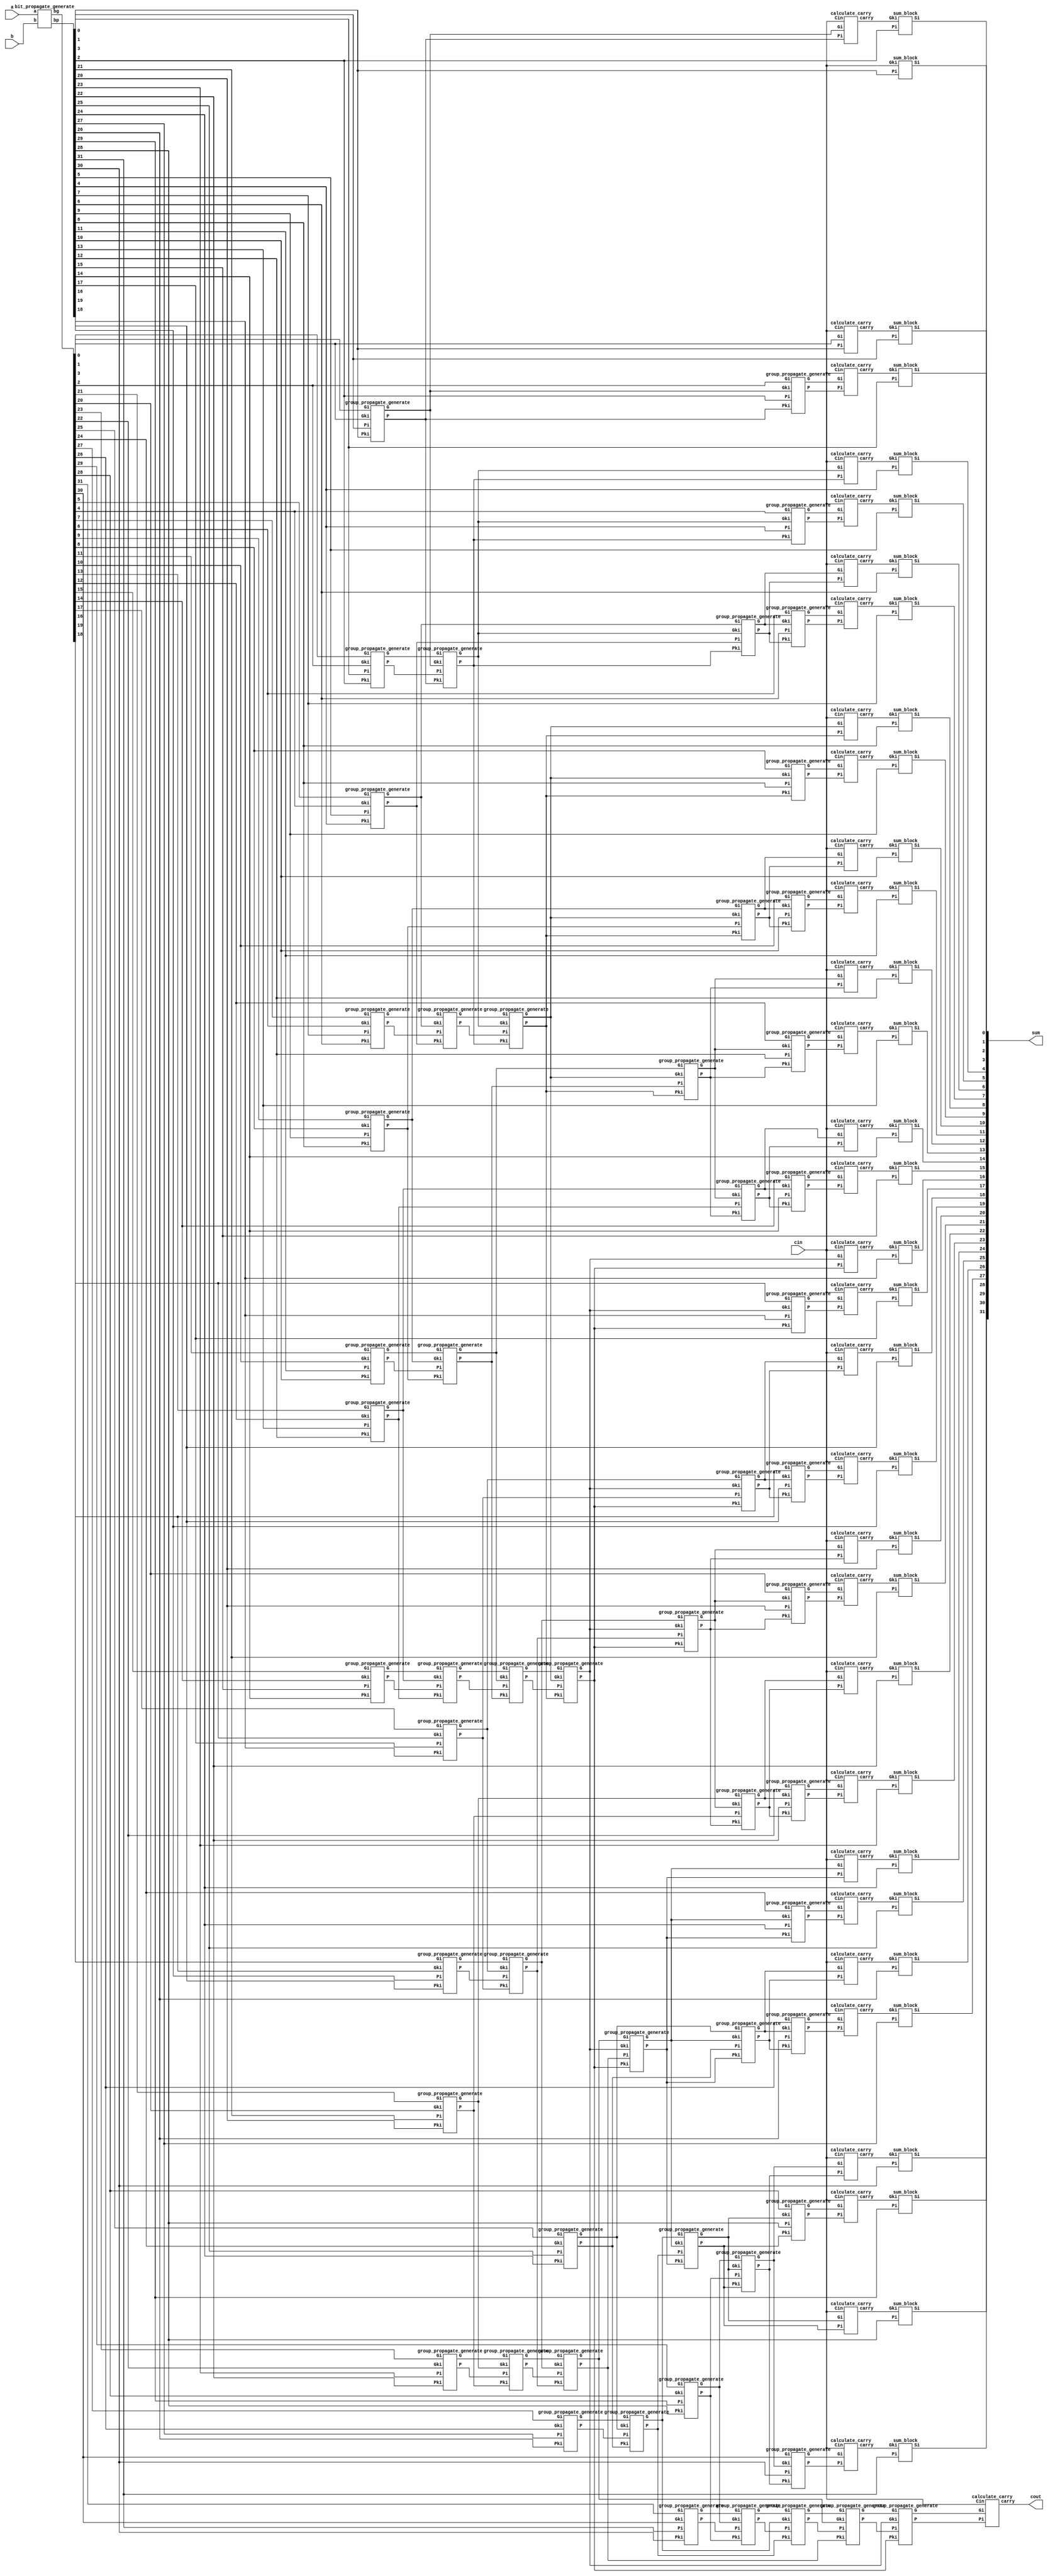
`timescale 1ps / 1fs
//////////////////////////////////////////////////////////////////////////////////
// Company: 
// Engineer: 
// 
// Design Name: 
// Module Name:    brent32 
// Project Name: 
// Target Devices: 
// Tool versions: 
// Description: 
//
// Dependencies: 
//
// Revision: 
// Revision 0.01 - File Created
// Additional Comments: 
//
//////////////////////////////////////////////////////////////////////////////////
module brent32(a, b, cin, sum, cout);
input [31:0]a;
input [31:0]b;
input cin;
output [31:0]sum;
output cout;

wire [31:0] bg, bp;	// first level propagate generate 0:0
wire [15:0] st0p, st0g;	// stage 0	
wire [7:0] st1p, st1g;	// stage 1	
wire [3:0] st2p, st2g;	// stage 2	
wire [1:0] st3p, st3g;	// stage 3	
wire st4p, st4g;	// stage 4
wire st5p, st5g;	// stage 5
wire [2:0] st6p, st6g;	// stage 6
wire [6:0] st7p, st7g;	// stage 7
wire [14:0] st8p, st8g;	// stage 8

wire [31:0] carry;

bit_propagate_generate bpg_1(.a(a),.b(b),.bp(bp),.bg(bg));

group_propagate_generate gpgs0_0(.Pi(bp[1]), .Gi(bg[1]), .Pki(bp[0]), .Gki(bg[0]), .P(st0p[0]), .G(st0g[0])); // generate -> P1:0 and G1:0
group_propagate_generate gpgs0_1(.Pi(bp[3]), .Gi(bg[3]), .Pki(bp[2]), .Gki(bg[2]), .P(st0p[1]), .G(st0g[1])); // generate -> P3:2 and G3:2
group_propagate_generate gpgs0_2(.Pi(bp[5]), .Gi(bg[5]), .Pki(bp[4]), .Gki(bg[4]), .P(st0p[2]), .G(st0g[2])); // generate -> P5:4 and G5:4
group_propagate_generate gpgs0_3(.Pi(bp[7]), .Gi(bg[7]), .Pki(bp[6]), .Gki(bg[6]), .P(st0p[3]), .G(st0g[3])); // generate -> P7:6 and G7:6
group_propagate_generate gpgs0_4(.Pi(bp[9]), .Gi(bg[9]), .Pki(bp[8]), .Gki(bg[8]), .P(st0p[4]), .G(st0g[4])); // generate -> P9:8 and G9:8
group_propagate_generate gpgs0_5(.Pi(bp[11]), .Gi(bg[11]), .Pki(bp[10]), .Gki(bg[10]), .P(st0p[5]), .G(st0g[5])); // generate -> P11:10 and G11:10
group_propagate_generate gpgs0_6(.Pi(bp[13]), .Gi(bg[13]), .Pki(bp[12]), .Gki(bg[12]), .P(st0p[6]), .G(st0g[6])); // generate -> P13:12 and G13:12
group_propagate_generate gpgs0_7(.Pi(bp[15]), .Gi(bg[15]), .Pki(bp[14]), .Gki(bg[14]), .P(st0p[7]), .G(st0g[7])); // generate -> P15:14 and G15:14
group_propagate_generate gpgs0_8(.Pi(bp[17]), .Gi(bg[17]), .Pki(bp[16]), .Gki(bg[16]), .P(st0p[8]), .G(st0g[8])); // generate -> P17:16 and G17:16
group_propagate_generate gpgs0_9(.Pi(bp[19]), .Gi(bg[19]), .Pki(bp[18]), .Gki(bg[18]), .P(st0p[9]), .G(st0g[9])); // generate -> P19:18 and G19:18
group_propagate_generate gpgs0_10(.Pi(bp[21]), .Gi(bg[21]), .Pki(bp[20]), .Gki(bg[20]), .P(st0p[10]), .G(st0g[10])); // generate -> P21:20 and G21:20
group_propagate_generate gpgs0_11(.Pi(bp[23]), .Gi(bg[23]), .Pki(bp[22]), .Gki(bg[22]), .P(st0p[11]), .G(st0g[11])); // generate -> P23:22 and G23:22
group_propagate_generate gpgs0_12(.Pi(bp[25]), .Gi(bg[25]), .Pki(bp[24]), .Gki(bg[24]), .P(st0p[12]), .G(st0g[12])); // generate -> P25:24 and G25:24
group_propagate_generate gpgs0_13(.Pi(bp[27]), .Gi(bg[27]), .Pki(bp[26]), .Gki(bg[26]), .P(st0p[13]), .G(st0g[13])); // generate -> P27:26 and G27:26
group_propagate_generate gpgs0_14(.Pi(bp[29]), .Gi(bg[29]), .Pki(bp[28]), .Gki(bg[28]), .P(st0p[14]), .G(st0g[14])); // generate -> P29:28 and G29:28
group_propagate_generate gpgs0_15(.Pi(bp[31]), .Gi(bg[31]), .Pki(bp[30]), .Gki(bg[30]), .P(st0p[15]), .G(st0g[15])); // generate -> P31:30 and G31:30

group_propagate_generate gpgs1_0(.Pi(st0p[1]), .Gi(st0g[1]), .Pki(st0p[0]), .Gki(st0g[0]), .P(st1p[0]), .G(st1g[0])); // generate -> P3:0 and G3:0
group_propagate_generate gpgs1_1(.Pi(st0p[3]), .Gi(st0g[3]), .Pki(st0p[2]), .Gki(st0g[2]), .P(st1p[1]), .G(st1g[1])); // generate -> P7:4 and G7:4
group_propagate_generate gpgs1_2(.Pi(st0p[5]), .Gi(st0g[5]), .Pki(st0p[4]), .Gki(st0g[4]), .P(st1p[2]), .G(st1g[2])); // generate -> P11:8 and G11:8 
group_propagate_generate gpgs1_3(.Pi(st0p[7]), .Gi(st0g[7]), .Pki(st0p[6]), .Gki(st0g[6]), .P(st1p[3]), .G(st1g[3])); // generate -> P15:12 and G15:12
group_propagate_generate gpgs1_4(.Pi(st0p[9]), .Gi(st0g[9]), .Pki(st0p[8]), .Gki(st0g[8]), .P(st1p[4]), .G(st1g[4])); // generate -> P19:16 and G19:16
group_propagate_generate gpgs1_5(.Pi(st0p[11]), .Gi(st0g[11]), .Pki(st0p[10]), .Gki(st0g[10]), .P(st1p[5]), .G(st1g[5])); // generate -> P23:20 and G23:20
group_propagate_generate gpgs1_6(.Pi(st0p[13]), .Gi(st0g[13]), .Pki(st0p[12]), .Gki(st0g[12]), .P(st1p[6]), .G(st1g[6])); // generate -> P27:24 and G27:24
group_propagate_generate gpgs1_7(.Pi(st0p[15]), .Gi(st0g[15]), .Pki(st0p[14]), .Gki(st0g[14]), .P(st1p[7]), .G(st1g[7])); // generate -> P31:28 and G31:28

group_propagate_generate gpgs2_0(.Pi(st1p[1]), .Gi(st1g[1]), .Pki(st1p[0]), .Gki(st1g[0]), .P(st2p[0]), .G(st2g[0])); // generate -> P7:0 and G7:0
group_propagate_generate gpgs2_1(.Pi(st1p[3]), .Gi(st1g[3]), .Pki(st1p[2]), .Gki(st1g[2]), .P(st2p[1]), .G(st2g[1])); // generate -> P15:8 and G15:8 
group_propagate_generate gpgs2_2(.Pi(st1p[5]), .Gi(st1g[5]), .Pki(st1p[4]), .Gki(st1g[4]), .P(st2p[2]), .G(st2g[2])); // generate -> P23:16 and G23:16
group_propagate_generate gpgs2_3(.Pi(st1p[7]), .Gi(st1g[7]), .Pki(st1p[6]), .Gki(st1g[6]), .P(st2p[3]), .G(st2g[3])); // generate -> P31:24 and G31:24

group_propagate_generate gpgs3_0(.Pi(st2p[1]), .Gi(st2g[1]), .Pki(st2p[0]), .Gki(st2g[0]), .P(st3p[0]), .G(st3g[0])); // generate -> P15:0 and G15:0
group_propagate_generate gpgs3_1(.Pi(st2p[3]), .Gi(st2g[3]), .Pki(st2p[2]), .Gki(st2g[2]), .P(st3p[1]), .G(st3g[1])); // generate -> P31:16 and G31:16

group_propagate_generate gpgs4_0(.Pi(st3p[1]), .Gi(st3g[1]), .Pki(st3p[0]), .Gki(st3g[0]), .P(st4p), .G(st4g)); // generate -> P31:0 and G31:0

group_propagate_generate gpgs5_0(.Pi(st2p[2]), .Gi(st2g[2]), .Pki(st3p[0]), .Gki(st3g[0]), .P(st5p), .G(st5g)); // generate -> P23:0 and G23:0

group_propagate_generate gpgs6_0(.Pi(st1p[2]), .Gi(st1g[2]), .Pki(st2p[0]), .Gki(st2g[0]), .P(st6p[0]), .G(st6g[0])); // generate -> P11:0 and G11:0
group_propagate_generate gpgs6_1(.Pi(st1p[4]), .Gi(st1g[4]), .Pki(st3p[0]), .Gki(st3g[0]), .P(st6p[1]), .G(st6g[1])); // generate -> P19:0 and G19:0
group_propagate_generate gpgs6_2(.Pi(st1p[6]), .Gi(st1g[6]), .Pki(st5p), .Gki(st5g), .P(st6p[2]), .G(st6g[2])); // generate -> P27:0 and G27:0

group_propagate_generate gpgs7_0(.Pi(st0p[2]), .Gi(st0g[2]), .Pki(st1p[0]), .Gki(st1g[0]), .P(st7p[0]), .G(st7g[0])); // generate -> P5:0 and G5:0
group_propagate_generate gpgs7_1(.Pi(st0p[4]), .Gi(st0g[4]), .Pki(st2p[0]), .Gki(st2g[0]), .P(st7p[1]), .G(st7g[1])); // generate -> P9:0 and G9:0
group_propagate_generate gpgs7_2(.Pi(st0p[6]), .Gi(st0g[6]), .Pki(st6p[0]), .Gki(st6g[0]), .P(st7p[2]), .G(st7g[2])); // generate -> P13:0 and G13:0
group_propagate_generate gpgs7_3(.Pi(st0p[8]), .Gi(st0g[8]), .Pki(st3p[0]), .Gki(st3g[0]), .P(st7p[3]), .G(st7g[3])); // generate -> P17:0 and G17:0
group_propagate_generate gpgs7_4(.Pi(st0p[10]), .Gi(st0g[10]), .Pki(st6p[1]), .Gki(st6g[1]), .P(st7p[4]), .G(st7g[4])); // generate -> P21:0 and G21:0
group_propagate_generate gpgs7_5(.Pi(st0p[12]), .Gi(st0g[12]), .Pki(st5p), .Gki(st5g), .P(st7p[5]), .G(st7g[5])); // generate -> P25:0 and G25:0
group_propagate_generate gpgs7_6(.Pi(st0p[14]), .Gi(st0g[14]), .Pki(st6p[2]), .Gki(st6g[2]), .P(st7p[6]), .G(st7g[6])); // generate -> P29:0 and G29:0


group_propagate_generate gpgs8_0(.Pi(bp[2]), .Gi(bg[2]), .Pki(st0p[0]), .Gki(st0g[0]), .P(st8p[0]), .G(st8g[0])); // generate -> P2:0 and G2:0
group_propagate_generate gpgs8_1(.Pi(bp[4]), .Gi(bg[4]), .Pki(st1p[0]), .Gki(st1g[0]), .P(st8p[1]), .G(st8g[1])); // generate -> P4:0 and G4:0
group_propagate_generate gpgs8_2(.Pi(bp[6]), .Gi(bg[6]), .Pki(st7p[0]), .Gki(st7g[0]), .P(st8p[2]), .G(st8g[2])); // generate -> P6:0 and G6:0
group_propagate_generate gpgs8_3(.Pi(bp[8]), .Gi(bg[8]), .Pki(st2p[0]), .Gki(st2g[0]), .P(st8p[3]), .G(st8g[3])); // generate -> P8:0 and G8:0
group_propagate_generate gpgs8_4(.Pi(bp[10]), .Gi(bg[10]), .Pki(st7p[1]), .Gki(st7g[1]), .P(st8p[4]), .G(st8g[4])); // generate -> P10:0 and G10:0
group_propagate_generate gpgs8_5(.Pi(bp[12]), .Gi(bg[12]), .Pki(st6p[0]), .Gki(st6g[0]), .P(st8p[5]), .G(st8g[5])); // generate -> P12:0 and G12:0
group_propagate_generate gpgs8_6(.Pi(bp[14]), .Gi(bg[14]), .Pki(st7p[2]), .Gki(st7g[2]), .P(st8p[6]), .G(st8g[6])); // generate -> P14:0 and G14:0
group_propagate_generate gpgs8_7(.Pi(bp[16]), .Gi(bg[16]), .Pki(st3p[0]), .Gki(st3g[0]), .P(st8p[7]), .G(st8g[7])); // generate -> P16:0 and G16:0
group_propagate_generate gpgs8_8(.Pi(bp[18]), .Gi(bg[18]), .Pki(st7p[3]), .Gki(st7g[3]), .P(st8p[8]), .G(st8g[8])); // generate -> P18:0 and G18:0
group_propagate_generate gpgs8_9(.Pi(bp[20]), .Gi(bg[20]), .Pki(st6p[1]), .Gki(st6g[1]), .P(st8p[9]), .G(st8g[9])); // generate -> P20:0 and G20:0
group_propagate_generate gpgs8_10(.Pi(bp[22]), .Gi(bg[22]), .Pki(st7p[4]), .Gki(st7g[4]), .P(st8p[10]), .G(st8g[10])); // generate -> P22:0 and G22:0
group_propagate_generate gpgs8_11(.Pi(bp[24]), .Gi(bg[24]), .Pki(st5p), .Gki(st5g), .P(st8p[11]), .G(st8g[11])); // generate -> P24:0 and G24:0
group_propagate_generate gpgs8_12(.Pi(bp[26]), .Gi(bg[26]), .Pki(st7p[5]), .Gki(st7g[5]), .P(st8p[12]), .G(st8g[12])); // generate -> P26:0 and G26:0
group_propagate_generate gpgs8_13(.Pi(bp[28]), .Gi(bg[28]), .Pki(st6p[2]), .Gki(st6g[2]), .P(st8p[13]), .G(st8g[13])); // generate -> P28:0 and G28:0
group_propagate_generate gpgs8_14(.Pi(bp[30]), .Gi(bg[30]), .Pki(st7p[6]), .Gki(st7g[6]), .P(st8p[14]), .G(st8g[14])); // generate -> P30:0 and G30:0

calculate_carry cc_0(.Pi(bp[0]), .Gi(bg[0]), .Cin(cin), .carry(carry[0]));	// C0 = G0:0 + P0:0 . cin
calculate_carry cc_1(.Pi(st0p[0]), .Gi(st0g[0]), .Cin(cin), .carry(carry[1]));	// C1 = G1:0 + P1:0 . cin
calculate_carry cc_2(.Pi(st8p[0]), .Gi(st8g[0]), .Cin(cin), .carry(carry[2]));	// C2 = G2:0 + P2:0 . cin
calculate_carry cc_3(.Pi(st1p[0]), .Gi(st1g[0]), .Cin(cin), .carry(carry[3]));	// C3 = G3:0 + P3:0 . cin
calculate_carry cc_4(.Pi(st8p[1]), .Gi(st8g[1]), .Cin(cin), .carry(carry[4]));	// C4 = G4:0 + P4:0 . cin
calculate_carry cc_5(.Pi(st7p[0]), .Gi(st7g[0]), .Cin(cin), .carry(carry[5]));	// C5 = G5:0 + P5:0 . cin
calculate_carry cc_6(.Pi(st8p[2]), .Gi(st8g[2]), .Cin(cin), .carry(carry[6]));	// C6 = G6:0 + P6:0 . cin
calculate_carry cc_7(.Pi(st2p[0]), .Gi(st2g[0]), .Cin(cin), .carry(carry[7]));	// C7 = G7:0 + P7:0 . cin
calculate_carry cc_8(.Pi(st8p[3]), .Gi(st8g[3]), .Cin(cin), .carry(carry[8]));	// C8 = G8:0 + P8:0 . cin
calculate_carry cc_9(.Pi(st7p[1]), .Gi(st7g[1]), .Cin(cin), .carry(carry[9]));	// C9 = G9:0 + P9:0 . cin
calculate_carry cc_10(.Pi(st8p[4]), .Gi(st8g[4]), .Cin(cin), .carry(carry[10]));	// C10 = G10:0 + P10:0 . cin
calculate_carry cc_11(.Pi(st6p[0]), .Gi(st6g[0]), .Cin(cin), .carry(carry[11]));	// C11 = G11:0 + P11:0 . cin
calculate_carry cc_12(.Pi(st8p[5]), .Gi(st8g[5]), .Cin(cin), .carry(carry[12]));	// C12 = G12:0 + P12:0 . cin
calculate_carry cc_13(.Pi(st7p[2]), .Gi(st7g[2]), .Cin(cin), .carry(carry[13]));	// C13 = G13:0 + P13:0 . cin
calculate_carry cc_14(.Pi(st8p[6]), .Gi(st8g[6]), .Cin(cin), .carry(carry[14]));	// C14 = G14:0 + P14:0 . cin
calculate_carry cc_15(.Pi(st3p[0]), .Gi(st3g[0]), .Cin(cin), .carry(carry[15]));	// C15 = G15:0 + P15:0 . cin
calculate_carry cc_16(.Pi(st8p[7]), .Gi(st8g[7]), .Cin(cin), .carry(carry[16]));	// C16 = G16:0 + P16:0 . cin
calculate_carry cc_17(.Pi(st7p[3]), .Gi(st7g[3]), .Cin(cin), .carry(carry[17]));	// C17 = G17:0 + P17:0 . cin
calculate_carry cc_18(.Pi(st8p[8]), .Gi(st8g[8]), .Cin(cin), .carry(carry[18]));	// C18 = G18:0 + P18:0 . cin
calculate_carry cc_19(.Pi(st6p[1]), .Gi(st6g[1]), .Cin(cin), .carry(carry[19]));	// C19 = G19:0 + P19:0 . cin
calculate_carry cc_20(.Pi(st8p[9]), .Gi(st8g[9]), .Cin(cin), .carry(carry[20]));	// C20 = G20:0 + P20:0 . cin
calculate_carry cc_21(.Pi(st7p[4]), .Gi(st7g[4]), .Cin(cin), .carry(carry[21]));	// C21 = G21:0 + P21:0 . cin
calculate_carry cc_22(.Pi(st8p[10]), .Gi(st8g[10]), .Cin(cin), .carry(carry[22]));	// C22 = G22:0 + P22:0 . cin
calculate_carry cc_23(.Pi(st5p), .Gi(st5g), .Cin(cin), .carry(carry[23]));			// C23 = G23:0 + P23:0 . cin
calculate_carry cc_24(.Pi(st8p[11]), .Gi(st8g[11]), .Cin(cin), .carry(carry[24]));	// C24 = G24:0 + P24:0 . cin
calculate_carry cc_25(.Pi(st7p[5]), .Gi(st7g[5]), .Cin(cin), .carry(carry[25]));	// C25 = G25:0 + P25:0 . cin
calculate_carry cc_26(.Pi(st8p[12]), .Gi(st8g[12]), .Cin(cin), .carry(carry[26]));	// C26 = G26:0 + P26:0 . cin
calculate_carry cc_27(.Pi(st6p[2]), .Gi(st6g[2]), .Cin(cin), .carry(carry[27]));	// C27 = G27:0 + P27:0 . cin
calculate_carry cc_28(.Pi(st8p[13]), .Gi(st8g[13]), .Cin(cin), .carry(carry[28]));	// C28 = G28:0 + P28:0 . cin
calculate_carry cc_29(.Pi(st7p[6]), .Gi(st7g[6]), .Cin(cin), .carry(carry[29]));	// C29 = G29:0 + P29:0 . cin
calculate_carry cc_30(.Pi(st8p[14]), .Gi(st8g[14]), .Cin(cin), .carry(carry[30]));	// C30 = G30:0 + P30:0 . cin
calculate_carry cc_31(.Pi(st4p), .Gi(st4g), .Cin(cin), .carry(carry[31]));			// C31 = G31:0 + P31:0 . cin


assign cout = carry[31];

sum_block sb_0(.Pi(bp[0]), .Gki(cin), .Si(sum[0]));	// S0 = P0 . cin
sum_block sb_1(.Pi(bp[1]), .Gki(carry[0]), .Si(sum[1]));	// S1 = P1 . C0
sum_block sb_2(.Pi(bp[2]), .Gki(carry[1]), .Si(sum[2]));
sum_block sb_3(.Pi(bp[3]), .Gki(carry[2]), .Si(sum[3]));
sum_block sb_4(.Pi(bp[4]), .Gki(carry[3]), .Si(sum[4]));
sum_block sb_5(.Pi(bp[5]), .Gki(carry[4]), .Si(sum[5]));
sum_block sb_6(.Pi(bp[6]), .Gki(carry[5]), .Si(sum[6]));
sum_block sb_7(.Pi(bp[7]), .Gki(carry[6]), .Si(sum[7]));
sum_block sb_8(.Pi(bp[8]), .Gki(carry[7]), .Si(sum[8]));
sum_block sb_9(.Pi(bp[9]), .Gki(carry[8]), .Si(sum[9]));
sum_block sb_10(.Pi(bp[10]), .Gki(carry[9]), .Si(sum[10]));
sum_block sb_11(.Pi(bp[11]), .Gki(carry[10]), .Si(sum[11]));
sum_block sb_12(.Pi(bp[12]), .Gki(carry[11]), .Si(sum[12]));
sum_block sb_13(.Pi(bp[13]), .Gki(carry[12]), .Si(sum[13]));
sum_block sb_14(.Pi(bp[14]), .Gki(carry[13]), .Si(sum[14]));
sum_block sb_15(.Pi(bp[15]), .Gki(carry[14]), .Si(sum[15]));
sum_block sb_16(.Pi(bp[16]), .Gki(carry[15]), .Si(sum[16]));
sum_block sb_17(.Pi(bp[17]), .Gki(carry[16]), .Si(sum[17]));
sum_block sb_18(.Pi(bp[18]), .Gki(carry[17]), .Si(sum[18]));
sum_block sb_19(.Pi(bp[19]), .Gki(carry[18]), .Si(sum[19]));
sum_block sb_20(.Pi(bp[20]), .Gki(carry[19]), .Si(sum[20]));
sum_block sb_21(.Pi(bp[21]), .Gki(carry[20]), .Si(sum[21]));
sum_block sb_22(.Pi(bp[22]), .Gki(carry[21]), .Si(sum[22]));
sum_block sb_23(.Pi(bp[23]), .Gki(carry[22]), .Si(sum[23]));
sum_block sb_24(.Pi(bp[24]), .Gki(carry[23]), .Si(sum[24]));
sum_block sb_25(.Pi(bp[25]), .Gki(carry[24]), .Si(sum[25]));
sum_block sb_26(.Pi(bp[26]), .Gki(carry[25]), .Si(sum[26]));
sum_block sb_27(.Pi(bp[27]), .Gki(carry[26]), .Si(sum[27]));
sum_block sb_28(.Pi(bp[28]), .Gki(carry[27]), .Si(sum[28]));
sum_block sb_29(.Pi(bp[29]), .Gki(carry[28]), .Si(sum[29]));
sum_block sb_30(.Pi(bp[30]), .Gki(carry[29]), .Si(sum[30]));
sum_block sb_31(.Pi(bp[31]), .Gki(carry[30]), .Si(sum[31]));

endmodule


//============ Carry Block ==============
module calculate_carry(Pi, Gi, Cin, carry);
input Pi, Gi, Cin;
output carry;

wire w1;
and #(452.43, 400.56) and_1(w1, Pi, Cin);
or #(458.88, 449.74) or_0(carry, Gi, w1);

endmodule

//============ Sum Block ==============
module sum_block(Pi, Gki, Si);
  input Pi, Gki;
  output Si;
  
  xor #(350.51, 306.96)xor_1(Si, Pi, Gki);
  
endmodule
/////////////////////////////////////////
module group_propagate_generate(Pi, Gi, Pki, Gki, P, G);
  
  input Pi, Gi, Pki, Gki;
  output P, G;
  
  wire w1;

  and #(452.43, 400.56) and_2(P, Pi, Pki);
  
  and #(452.43, 400.56) and_1(w1, Pi, Gki);
  or #(458.88, 449.74) or_0(G, w1, Gi);
  //group_generate gbox(.Pi(Pi), .Gi(Gi), .Gki(Gki), .G(G));

endmodule
/////////////////////////////////////////
module group_generate(Pi, Gi, Gki, G);
  input Pi, Gi, Gki;
  output G;
  
  
  wire w1, w2;
  
  and #(452.43, 400.56) and_(w1, Pi, Gki);
  or #(458.88, 449.74) or_0(G, w1, Gi);
 
endmodule

/////////////////////////////////////
// Propagate Generation
/////////////////////////////////////
 
module bit_propagate_generate(a,b,bp,bg);
input [31:0] a,b;
output [31:0] bg,bp;

assign #(452.43, 400.56) bg=a&b;
assign #(350.51, 306.96) bp=a^b;
endmodule